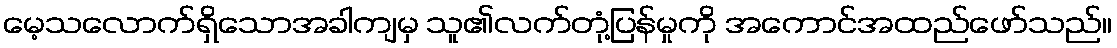
မေ့သလောက်ရှိသောအခါကျမှ သူ၏လက်တုံ့ပြန်မှုကို အကောင်အထည်ဖော်သည်။